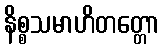
နိစ္စသမာဟိတတ္တော